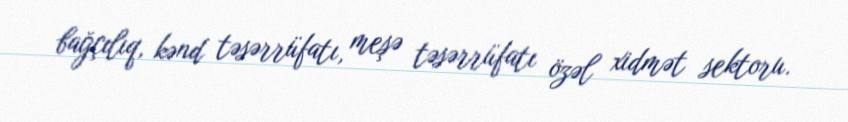
bağçılıq, kənd təsərrüfatı, meşə təsərrüfatı özəl xidmət sektoru.